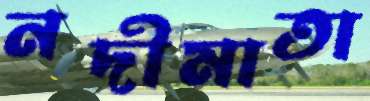
নদীমাতা